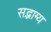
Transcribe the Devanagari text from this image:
सद्भाग्य